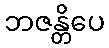
ဘဇန္တိပေ